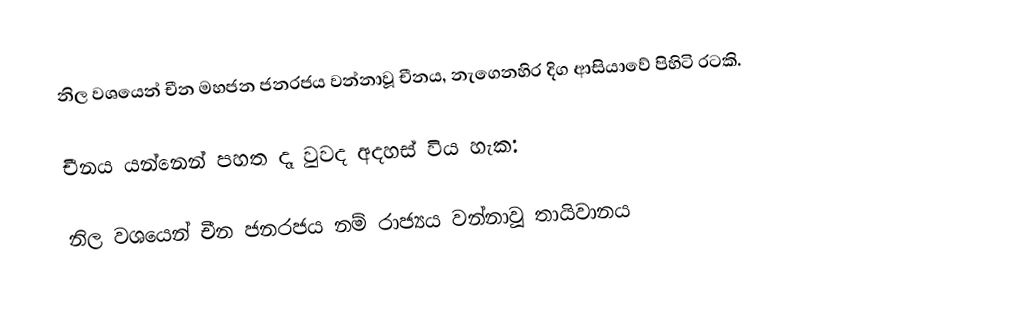
නිල වශයෙන් චීන මහජන ජනරජය වන්නාවූ චීනය, නැගෙනහිර දිග ආසියාවේ පිහිටි රටකි.

චීනය යන්නෙන් පහත දෑ වුවද අදහස් විය හැක:

 නිල වශයෙන් චීන ජනරජය නම් රාජ්‍යය වන්නාවූ තායිවානය